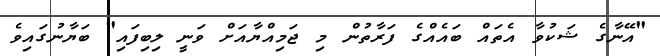
"އޭނާގެ ޝަކުވާ އެތައް ބައެއްގެ ފަރާތުން މި ޖަމިއްޔާއަށް ވަނީ ލިބިފައި" ބަޔާނުގައިވެ